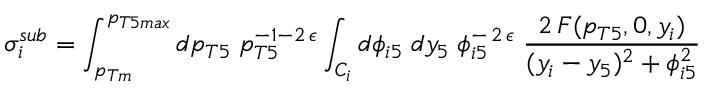
\sigma _ { i } ^ { s u b } = \int _ { p _ { T m } } ^ { p _ { T 5 m a x } } d p _ { T 5 } \; p _ { T 5 } ^ { - 1 - 2 \, \epsilon } \int _ { C _ { i } } d \phi _ { i 5 } \; d y _ { 5 } \; \phi _ { i 5 } ^ { - \, 2 \, \epsilon } \; \frac { 2 \, F ( p _ { T 5 } , 0 , y _ { i } ) } { ( y _ { i } - y _ { 5 } ) ^ { 2 } + \phi _ { i 5 } ^ { 2 } }